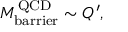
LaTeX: M _ { \mathrm { b a r r i e r } } ^ { \mathrm { Q C D } } \sim Q ^ { \prime } ,